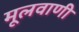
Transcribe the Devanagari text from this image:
मूलवाणी